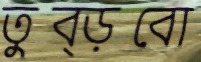
তুব্‌ড়বো